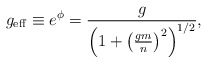
\begin{align*}g_{\rm eff} \equiv e^\phi = \frac{g}{\left(1 + \left(\frac{g m}{n}\right)^2 \right)^{1/2}}, \end{align*}